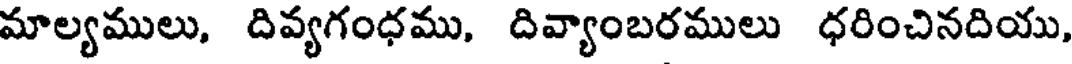
మాల్యములు, దివ్యగంధము, దివ్యాంబరములు ధరించినదియు,